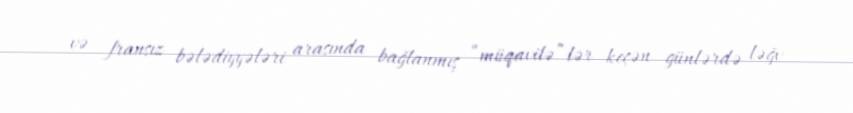
və fransız bələdiyyələri arasında bağlanmış “müqavilə”lər keçən günlərdə ləğv